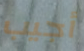
أجيب